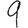
Digit: 9